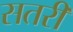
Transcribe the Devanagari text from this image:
सतरी